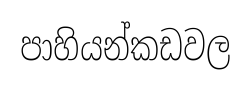
පාහියන්කඩවල